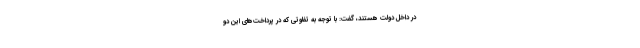
در داخل دولت هستند، گفت: با توجه به تفاوتی که در پرداخت‌های این دو